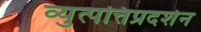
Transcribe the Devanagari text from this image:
व्युत्पत्तिप्रदर्शन